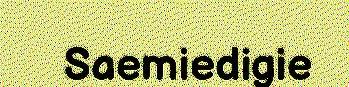
Saemiedigie